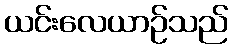
ယင်းလေယာဉ်သည်